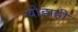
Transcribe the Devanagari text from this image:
थोडाही